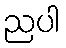
ညပါ